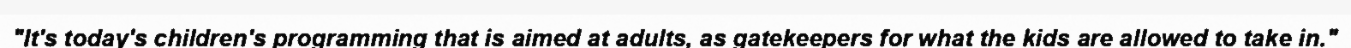
"It's today's children's programming that is aimed at adults, as gatekeepers for what the kids are allowed to take in."